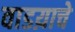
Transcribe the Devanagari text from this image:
वाडय़ाचे